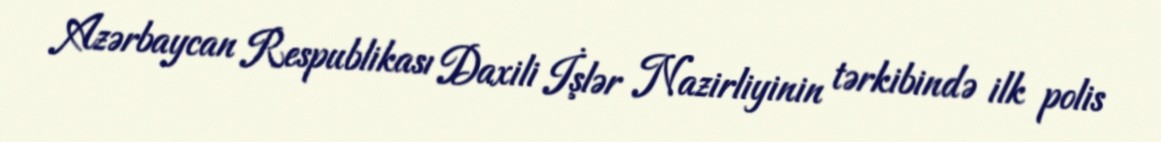
Azərbaycan Respublikası Daxili İşlər Nazirliyinin tərkibində ilk polis